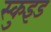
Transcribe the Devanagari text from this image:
स्कुइड